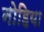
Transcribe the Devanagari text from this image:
नोहिया